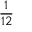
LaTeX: \frac { 1 } { 1 2 }